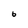
Character: 6